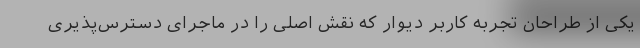
یکی از طراحان تجربه کاربر دیوار که نقش اصلی را در ماجرای دسترس‌پذیری